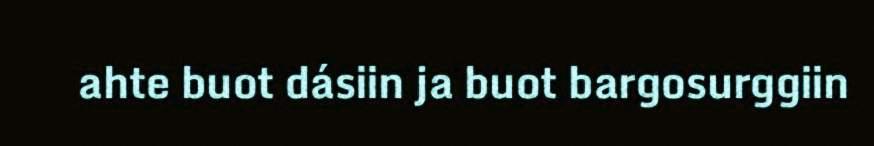
ahte buot dásiin ja buot bargosurggiin